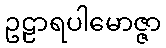
ဥဠာရပါမောဇ္ဇာ